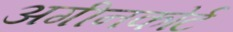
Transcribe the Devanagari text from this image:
अगीनकोर्ट